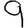
Digit: 9